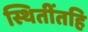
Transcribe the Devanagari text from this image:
स्थितींतहि